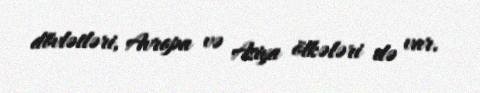
dövlətləri, Avropa və Asiya ölkələri də var.